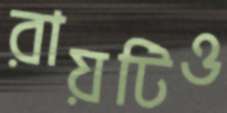
রায়টিও